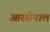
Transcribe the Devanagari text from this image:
आरसेनाल